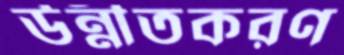
উন্নীতকরণ